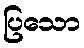
ပြသော